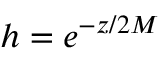
h = e ^ { - z / 2 M }